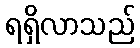
ရရှိလာသည်